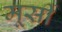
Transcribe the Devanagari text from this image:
मूर्सी